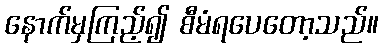
နောက်မှကြည့်၍ စီမံရပေတော့သည်။